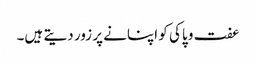
عفت و پاکی کو اپنانے پر زور دیتے ہیں۔